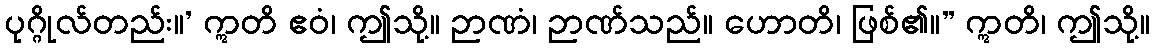
ပုဂ္ဂိုလ်တည်း။’ ဣတိ ဧဝံ၊ ဤသို့။ ဉာဏံ၊ ဉာဏ်သည်။ ဟောတိ၊ ဖြစ်၏။” ဣတိ၊ ဤသို့။